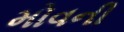
મોવની